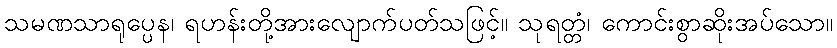
သမဏသာရုပ္ပေန၊ ရဟန်းတို့အားလျောက်ပတ်သဖြင့်။ သုရတ္တံ၊ ကောင်းစွာဆိုးအပ်သော။